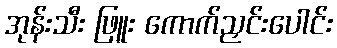
အုန်းသီး ဖြူး ကောက်ညှင်းပေါင်း